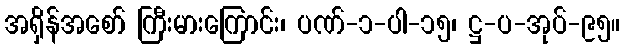
အရှိန်အစော် ကြီးမားကြောင်း၊ ပဏ်-၁-ပါ-၁၅၊ ဋ္ဌ-ပ-အုပ်-၉၅။